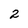
Character: 2